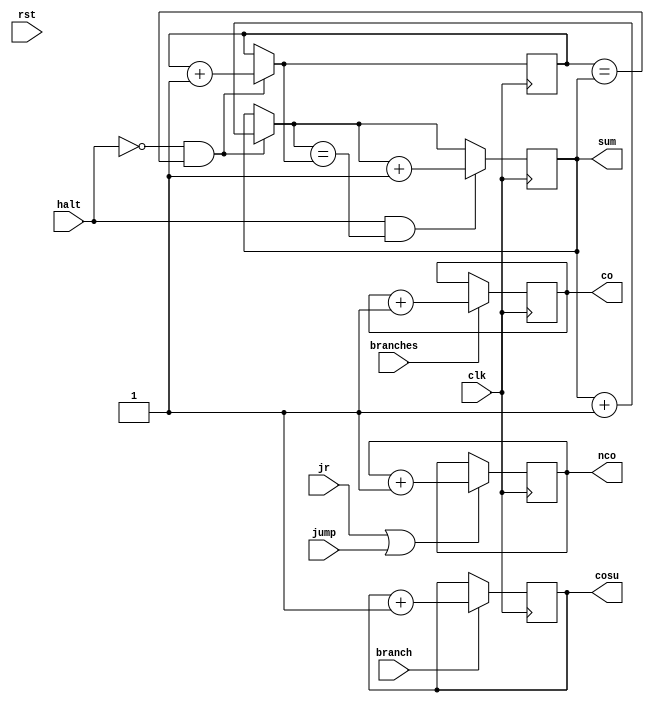
`timescale 1ns / 1ps
//////////////////////////////////////////////////////////////////////////////////
// Company: 
// Engineer: 
// 
// Design Name: 
// Module Name: statistics
// Project Name: 
// Target Devices: 
// Tool Versions: 
// Description: 
// 
// Dependencies: 
// 
// Revision:
// Revision 0.01 - File Created
// Additional Comments:
// 
//////////////////////////////////////////////////////////////////////////////////


module statistics(
input clk,   //
input rst,   //
input halt,  //
input jump,  //
input jr,    //
input branches,//
input branch,//
output reg[31:0] sum,   //
output reg[31:0] nco,    //
output reg[31:0] co,     //
output reg[31:0] cosu   //
    );
    reg[31:0] num;   //
    initial begin sum=0;num=0;nco=0;co=0;cosu=0; end
    always@(posedge clk)
    begin
    if(rst==1)
    begin
    sum<=0;
    num<=0;
    nco<=0;
    co<=0;
    cosu<=0;
    end
    if(jr==1||jump==1)
    begin  
    nco=nco+1;
    end
    if(branch==1)
    cosu=cosu+1;
    if(branches==1)
    co=co+1;
    if(halt==0&&num==sum)
    begin
    sum=sum+1;
    num=num+1;
    end
    if(halt==1&&sum==num)
    begin
    sum=sum+1;
    num=num;
    end
    if(halt==1&&sum!=num)
    begin
    sum=sum;
    num=num;
    end 
    end
endmodule